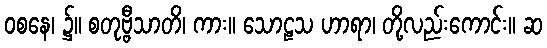
ဝစနေ၊ ၌။ စတုဗ္ဗီသာတိ၊ ကား။ သောဠသ ဟာရာ၊ တို့လည်းကောင်း။ ဆ